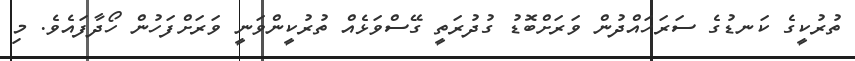
ތުރުކީގެ ކަނޑުގެ ސަރަހައްދުން ވަރަށްބޮޑު ގުދުރަތީ ގޭސްވަޅެއް ތުރުކީންވަނީ ވަރަށްފަހުން ހޯދާފައެވެ. މި